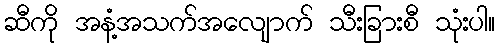
ဆီကို အနံ့အသက်အလျောက် သီးခြားစီ သုံးပါ။